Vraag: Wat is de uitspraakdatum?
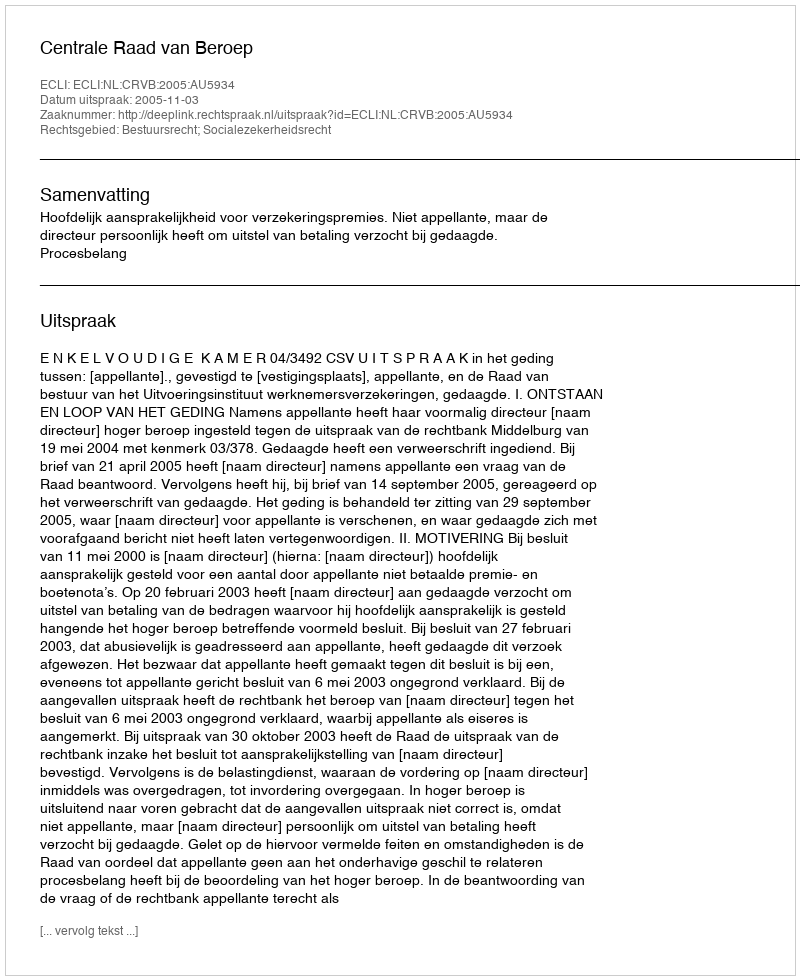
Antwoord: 2005-11-03